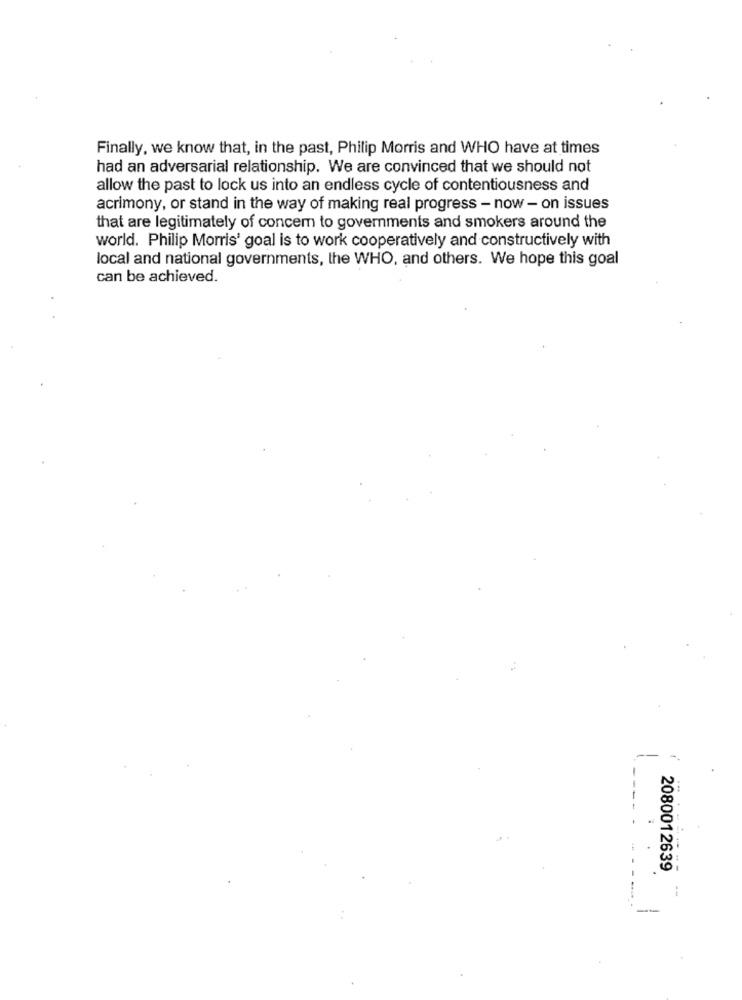
Finally, we know that, in the past, Philip Morris and WHO have at times
had an adversarial relationship. We are convinced that we should not
allow the past to lock us into an endless cycle of contentiousness and
acrimony, or stand in the way of making real progress - now - on issues
that are legitimately of concem to governments and smokers around the
world. Philip Morris' goal is to work cooperatively and constructively with
local and national governments, the WHO, and others. We hope this goal
can be achieved.
2080012639